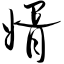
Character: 婿